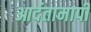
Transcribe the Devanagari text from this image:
आर्दतामापी